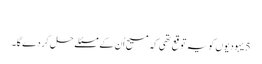
‏
5 یہودیوں کو یہ توقع تھی کہ مسیح اُن کے مسئلے حل کر دے گا۔